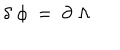
\delta \; \phi \ = \ \partial \; \Lambda